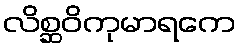
လိစ္ဆဝိကုမာရကေ